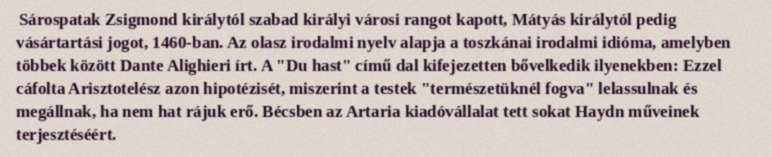
Sárospatak Zsigmond királytól szabad királyi városi rangot kapott, Mátyás királytól pedig vásártartási jogot, 1460-ban. Az olasz irodalmi nyelv alapja a toszkánai irodalmi idióma, amelyben többek között Dante Alighieri írt. A "Du hast" című dal kifejezetten bővelkedik ilyenekben: Ezzel cáfolta Arisztotelész azon hipotézisét, miszerint a testek "természetüknél fogva" lelassulnak és megállnak, ha nem hat rájuk erő. Bécsben az Artaria kiadóvállalat tett sokat Haydn műveinek terjesztéséért.